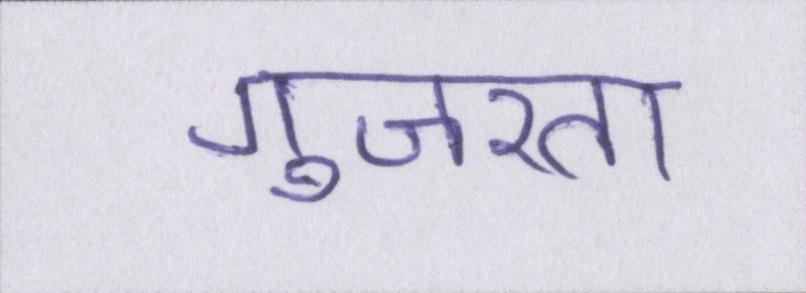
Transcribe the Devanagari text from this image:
गुजरता